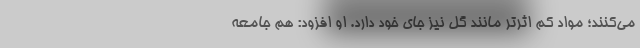
می‌کنند؛ مواد کم اثرتر مانند گل نیز جای خود دارد. او افزود: هم جامعه